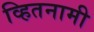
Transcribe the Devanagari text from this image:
व्हितनामी